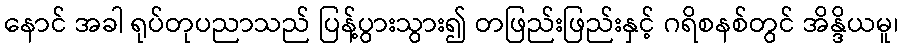
နောင် အခါ ရုပ်တုပညာသည် ပြန့်ပွားသွား၍ တဖြည်းဖြည်းနှင့် ဂရိစနစ်တွင် အိန္ဒိယမူ၊